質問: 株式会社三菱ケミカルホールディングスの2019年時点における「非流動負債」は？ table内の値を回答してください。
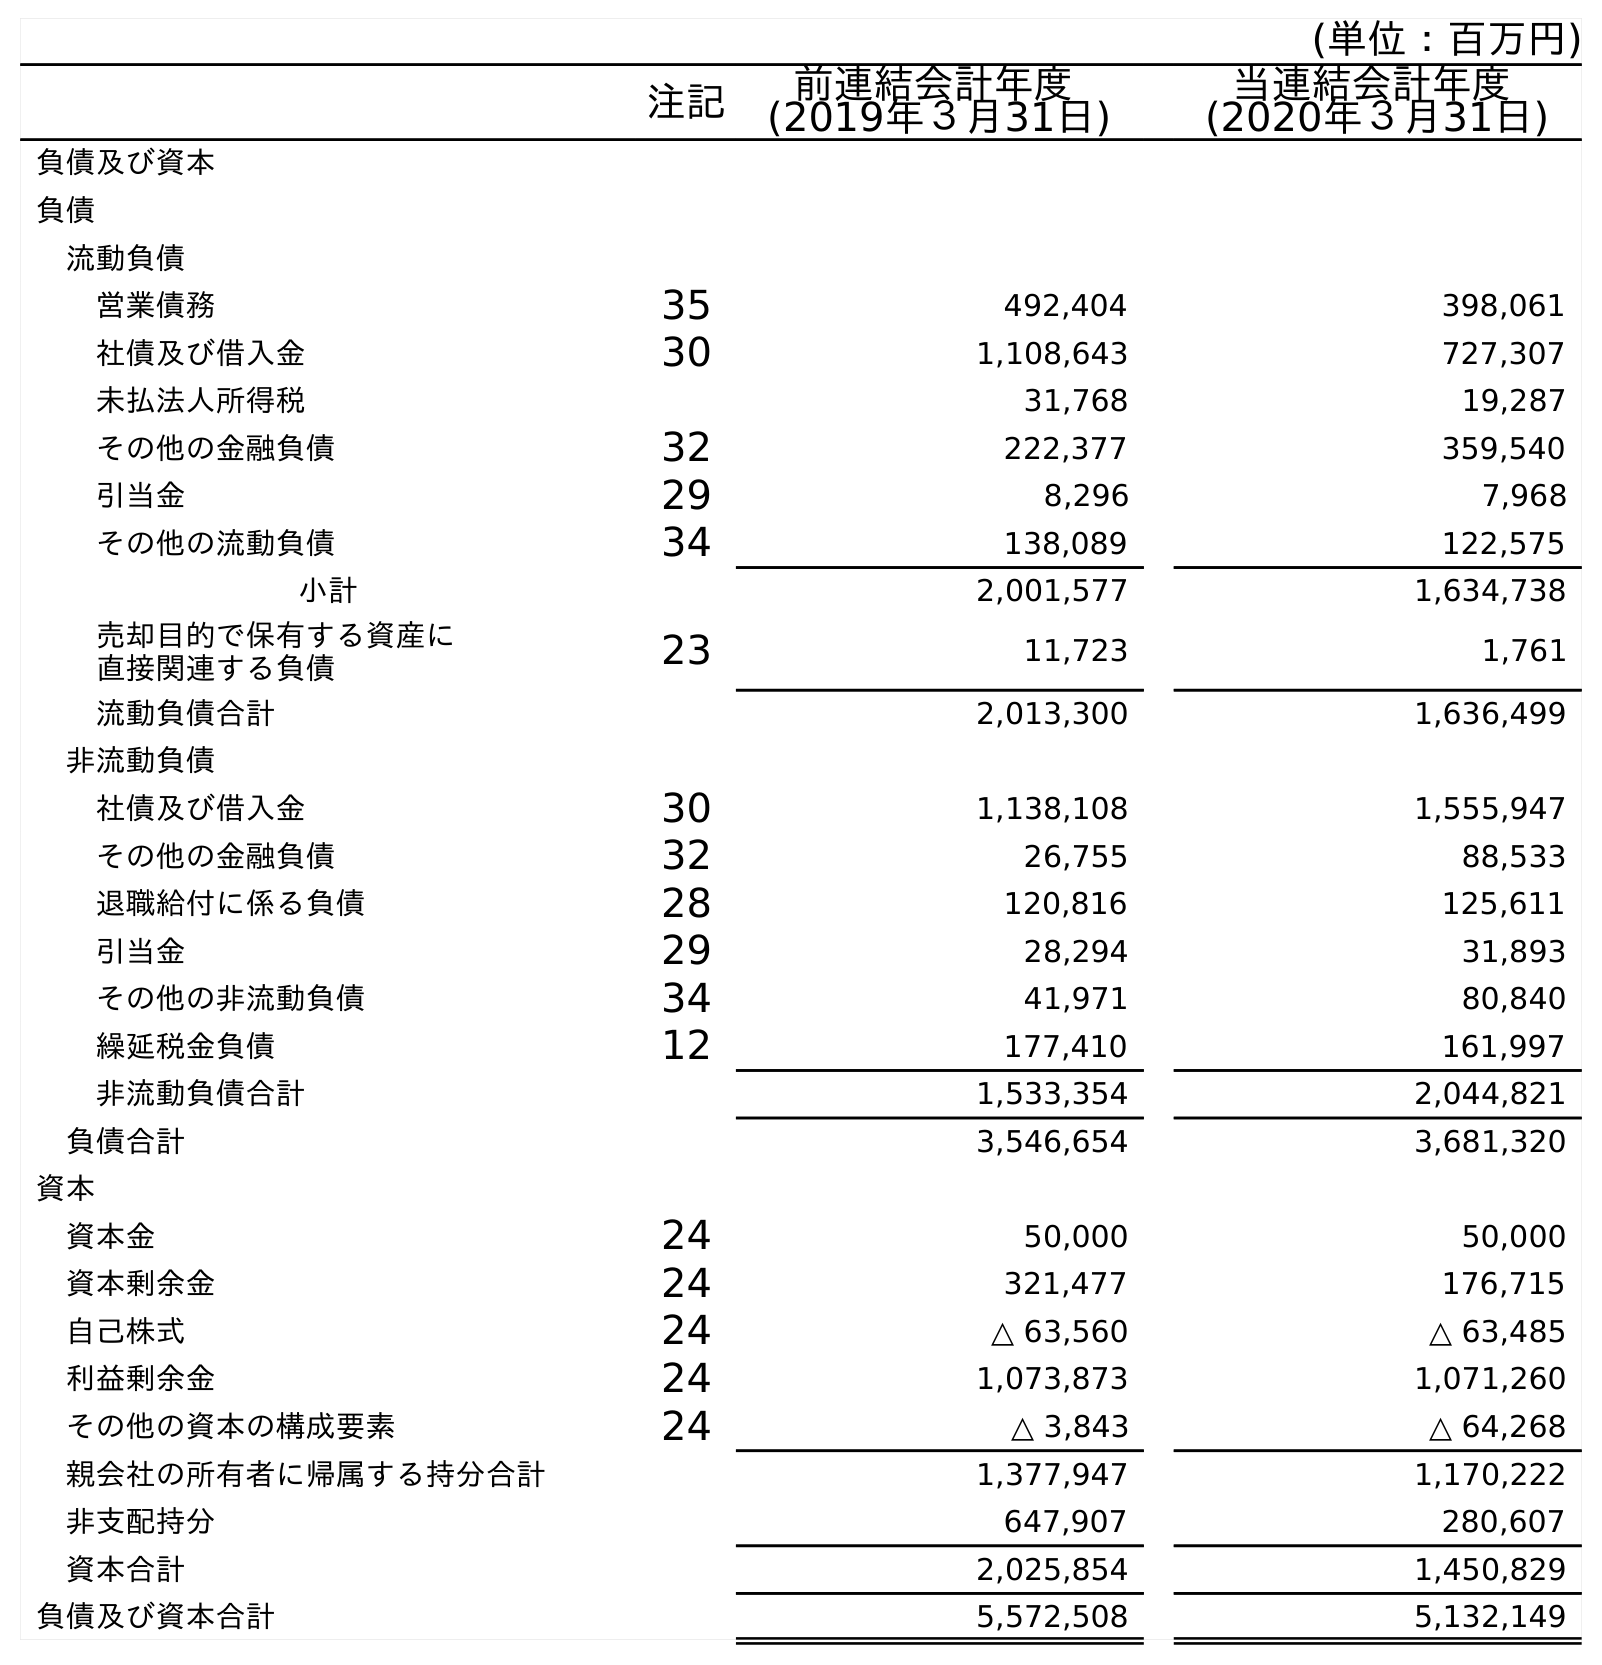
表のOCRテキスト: (単位：百万円) 注記 前連結会計年度 (2019年３月31日) 当連結会計年度 (2020年３月31日) 負債及び資本 負債 流動負債 営業債務 35 492,404 398,061 社債及び借入金 30 1,108,643 727,307 未払法人所得税 31,768 19,287 その他の金融負債 32 222,377 359,540 引当金 29 8,296 7,968 その他の流動負債 34 138,089 122,575 小計 2,001,577 1,634,738 売却目的で保有する資産に 直接関連する負債 23 11,723 1,761 流動負債合計 2,013,300 1,636,499 非流動負債 社債及び借入金 30 1,138,108 1,555,947 その他の金融負債 32 26,755 88,533 退職給付に係る負債 28 120,816 125,611 引当金 29 28,294 31,893 その他の非流動負債 34 41,971 80,840 繰延税金負債 12 177,410 161,997 非流動負債合計 1,533,354 2,044,821 負債合計 3,546,654 3,681,320 資本 資本金 24 50,000 50,000 資本剰余金 24 321,477 176,715 自己株式 24 △ 63,560 △ 63,485 利益剰余金 24 1,073,873 1,071,260 その他の資本の構成要素 24 △ 3,843 △ 64,268 親会社の所有者に帰属する持分合計 1,377,947 1,170,222 非支配持分 647,907 280,607 資本合計 2,025,854 1,450,829 負債及び資本合計 5,572,508 5,132,149
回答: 1,533,354